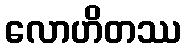
လောဟိတဿ